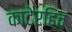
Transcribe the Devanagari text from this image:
काटेरहित